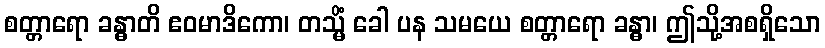
စတ္တာရော ခန္ဓာတိ ဧဝမာဒိကော၊ တသ္မိံ ခေါ ပန သမယေ စတ္တာရော ခန္ဓာ၊ ဤသို့အစရှိသော